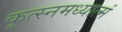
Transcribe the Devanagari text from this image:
कृत्स्नमध्यात्मं